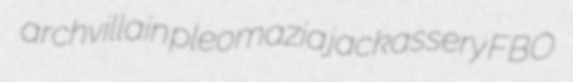
archvillain pleomazia jackassery FBO